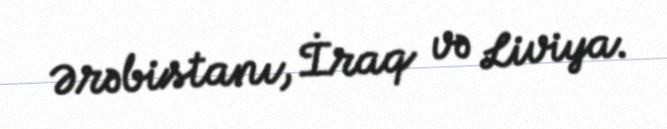
Ərəbistanı, İraq və Liviya.